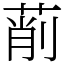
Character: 萷